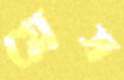
গ্লেস